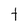
Character: t